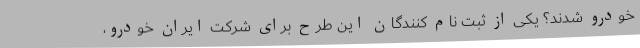
خودرو شدند؟ یکی از ثبت نام کنندگان این طرح برای شرکت ایران خودرو،